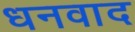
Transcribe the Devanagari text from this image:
धनवाद